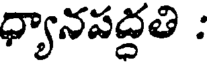
ధ్యానపద్ధతి :